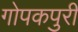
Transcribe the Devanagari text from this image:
गोपकपुरी